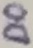
Text: D0